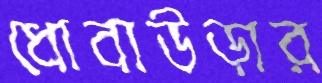
ধোবাউড়ার